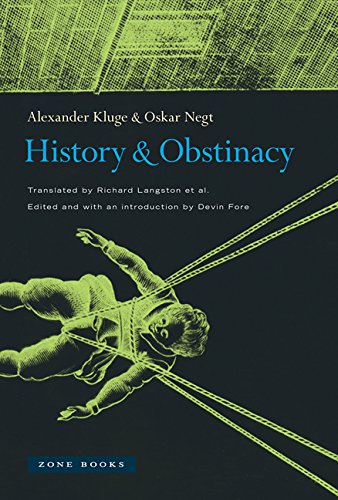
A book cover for History and Obstinacy; Alexander Kluge; Politics & Social Sciences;